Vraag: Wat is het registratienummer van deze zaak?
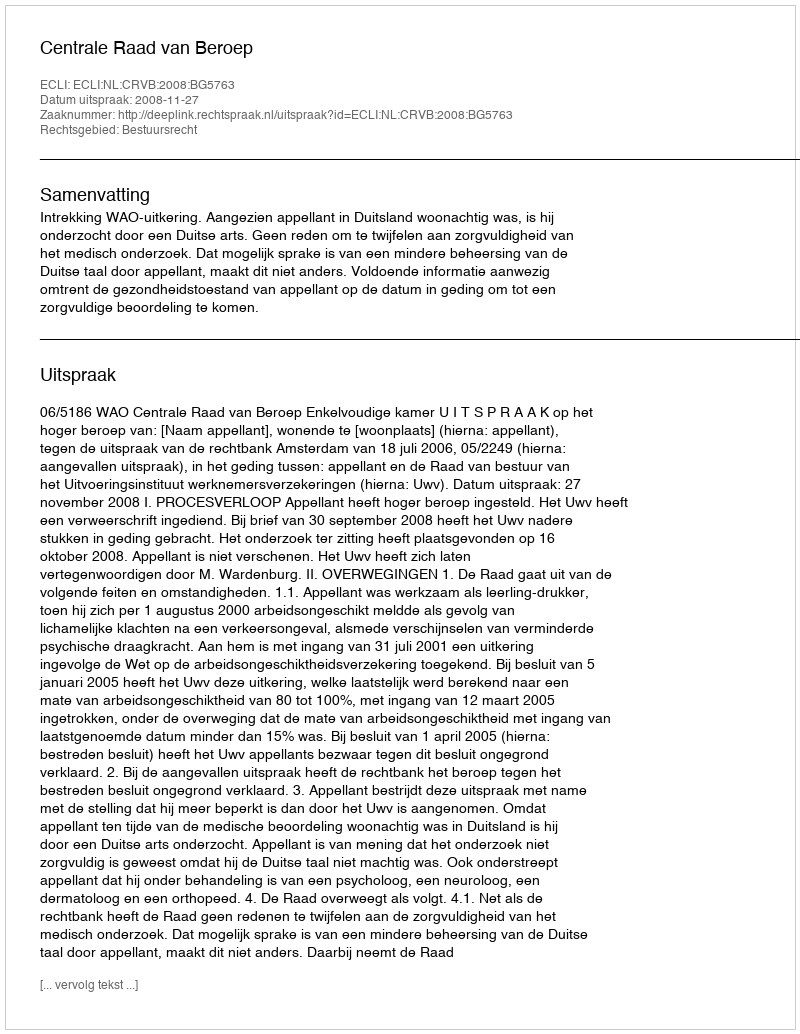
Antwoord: http://deeplink.rechtspraak.nl/uitspraak?id=ECLI:NL:CRVB:2008:BG5763